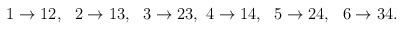
\begin{align*}1\rightarrow 12, ~~2\rightarrow 13,~~3\rightarrow 23,~4\rightarrow 14,{}~~5\rightarrow 24,~~6\rightarrow 34.\end{align*}